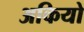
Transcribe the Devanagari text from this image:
अकियो